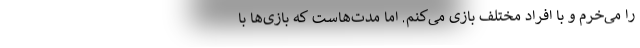
را می‌خرم و با افراد مختلف بازی می‌کنم. اما مدت‌هاست که بازی‌ها با